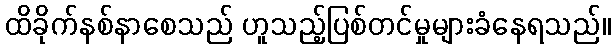
ထိခိုက်နစ်နာစေသည် ဟူသည့်ပြစ်တင်မှုများခံနေရသည်။